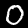
Label: 0